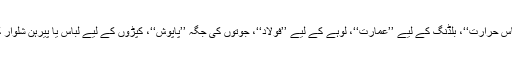
تھرما میٹر کی جگہ ’’مقیاسِ حرارت‘‘، بلڈنگ کے لیے ’’عمارت‘‘، لوہے کے لیے ’’فولاد‘‘، جوتوں کی جگہ ’’پاپوش‘‘، کپڑوں کے لیے لباس یا پیرہن شلوار کی جگہ ’’پاجامہ‘‘ وغیرہ۔